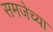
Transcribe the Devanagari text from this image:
समजेच्या